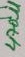
Text: 470µF